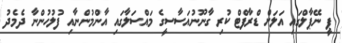
ޕީ ނޭޕާލްގައި އަލަށް ޑްރާފްޓް ކުރި ގާނޫނުއަސާސީގެ މައްސަލާގައި އާންމުންނާއި ފުލުހުންނާ ދެމެދު